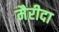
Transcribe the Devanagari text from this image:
मैरीदा